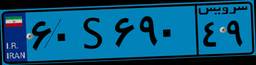
۶۰S۶۹۰۴۹